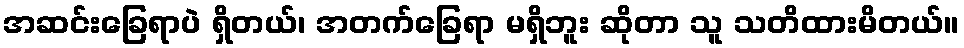
အဆင်းခြေရာပဲ ရှိတယ်၊ အတက်ခြေရာ မရှိဘူး ဆိုတာ သူ သတိထားမိတယ်။